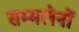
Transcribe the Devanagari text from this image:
सम्मलेनों